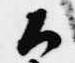
候